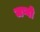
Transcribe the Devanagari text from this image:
जप्वो